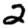
Digit: 2